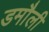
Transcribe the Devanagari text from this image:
डमाैली